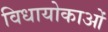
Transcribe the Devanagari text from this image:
विधायोकाओं